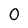
Character: 0